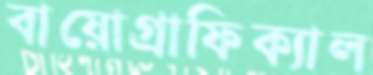
বায়োগ্রাফিক্যাল